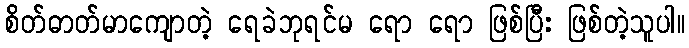
စိတ်ဓာတ်မာကျောတဲ့ ရေခဲဘုရင်မ ရော ရော ဖြစ်ပြီး ဖြစ်တဲ့သူပါ။